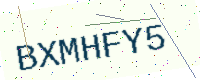
Text: BXMHFY5